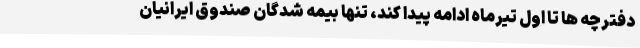
دفترچه ها تا اول تیرماه ادامه پیدا کند، تنها بیمه شدگان صندوق ایرانیان